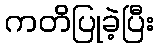
ကတိပြုခဲ့ပြီး